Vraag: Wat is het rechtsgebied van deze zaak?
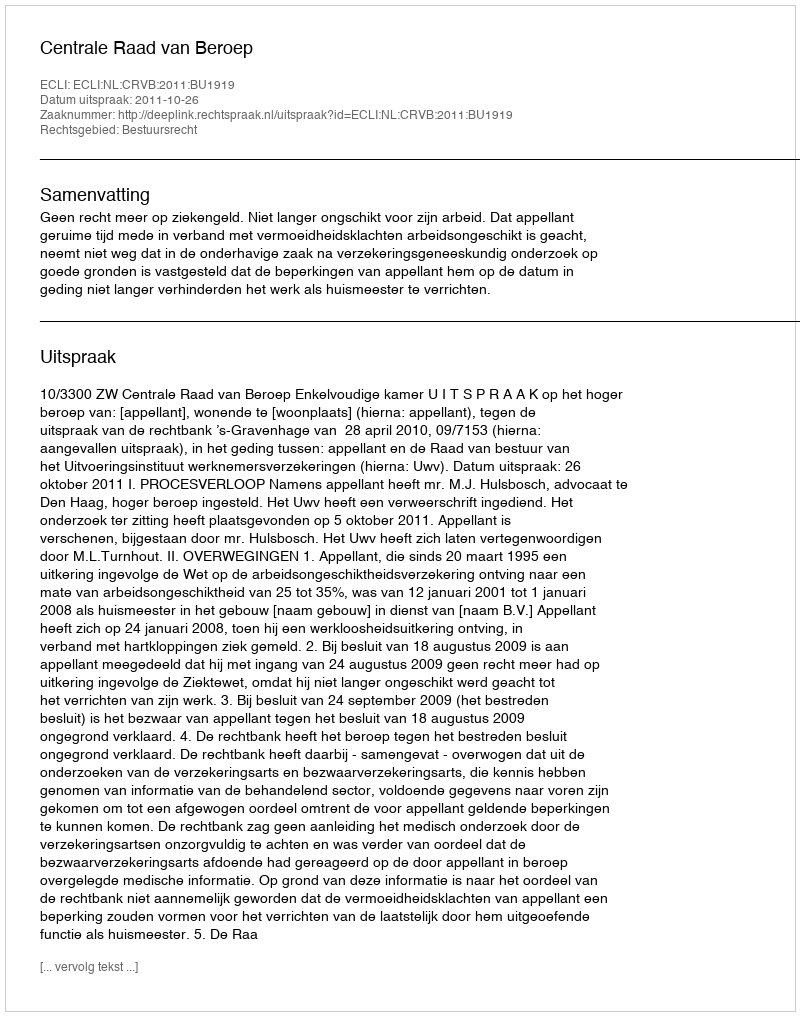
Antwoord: Bestuursrecht